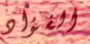
الفؤاد